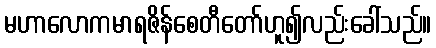
မဟာလောကမာရဇိန်စေတီတော်ဟူ၍လည်းခေါ်သည်။